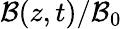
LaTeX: \mathcal{B}(z,t)/\mathcal{B}_{0}